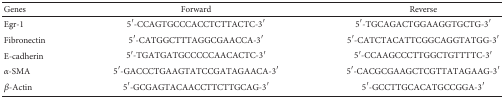
<table><thead><tr><td><b>Genes</b></td><td><b>Forward</b></td><td><b>Reverse</b></td></tr></thead><tbody><tr><td>Egr-1</td><td>5′-CCAGTGCCCACCTCTTACTC-3′</td><td>5′-TGCAGACTGGAAGGTGCTG-3′</td></tr><tr><td>Fibronectin</td><td>5′-CATGGCTTTAGGCGAACCA-3′</td><td>5′-CATCTACATTCGGCAGGTATGG-3′</td></tr><tr><td>E-cadherin</td><td>5′-TGATGATGCCCCCAACACTC-3′</td><td>5′-CCAAGCCCTTGGCTGTTTTC-3′</td></tr><tr><td><i>α</i>-SMA</td><td>5′-GACCCTGAAGTATCCGATAGAACA-3′</td><td>5′-CACGCGAAGCTCGTTATAGAAG-3′</td></tr><tr><td><i>β</i>-Actin</td><td>5′-GCGAGTACAACCTTCTTGCAG-3′</td><td>5′-GCCTTGCACATGCCGGA-3′</td></tr></tbody></table>